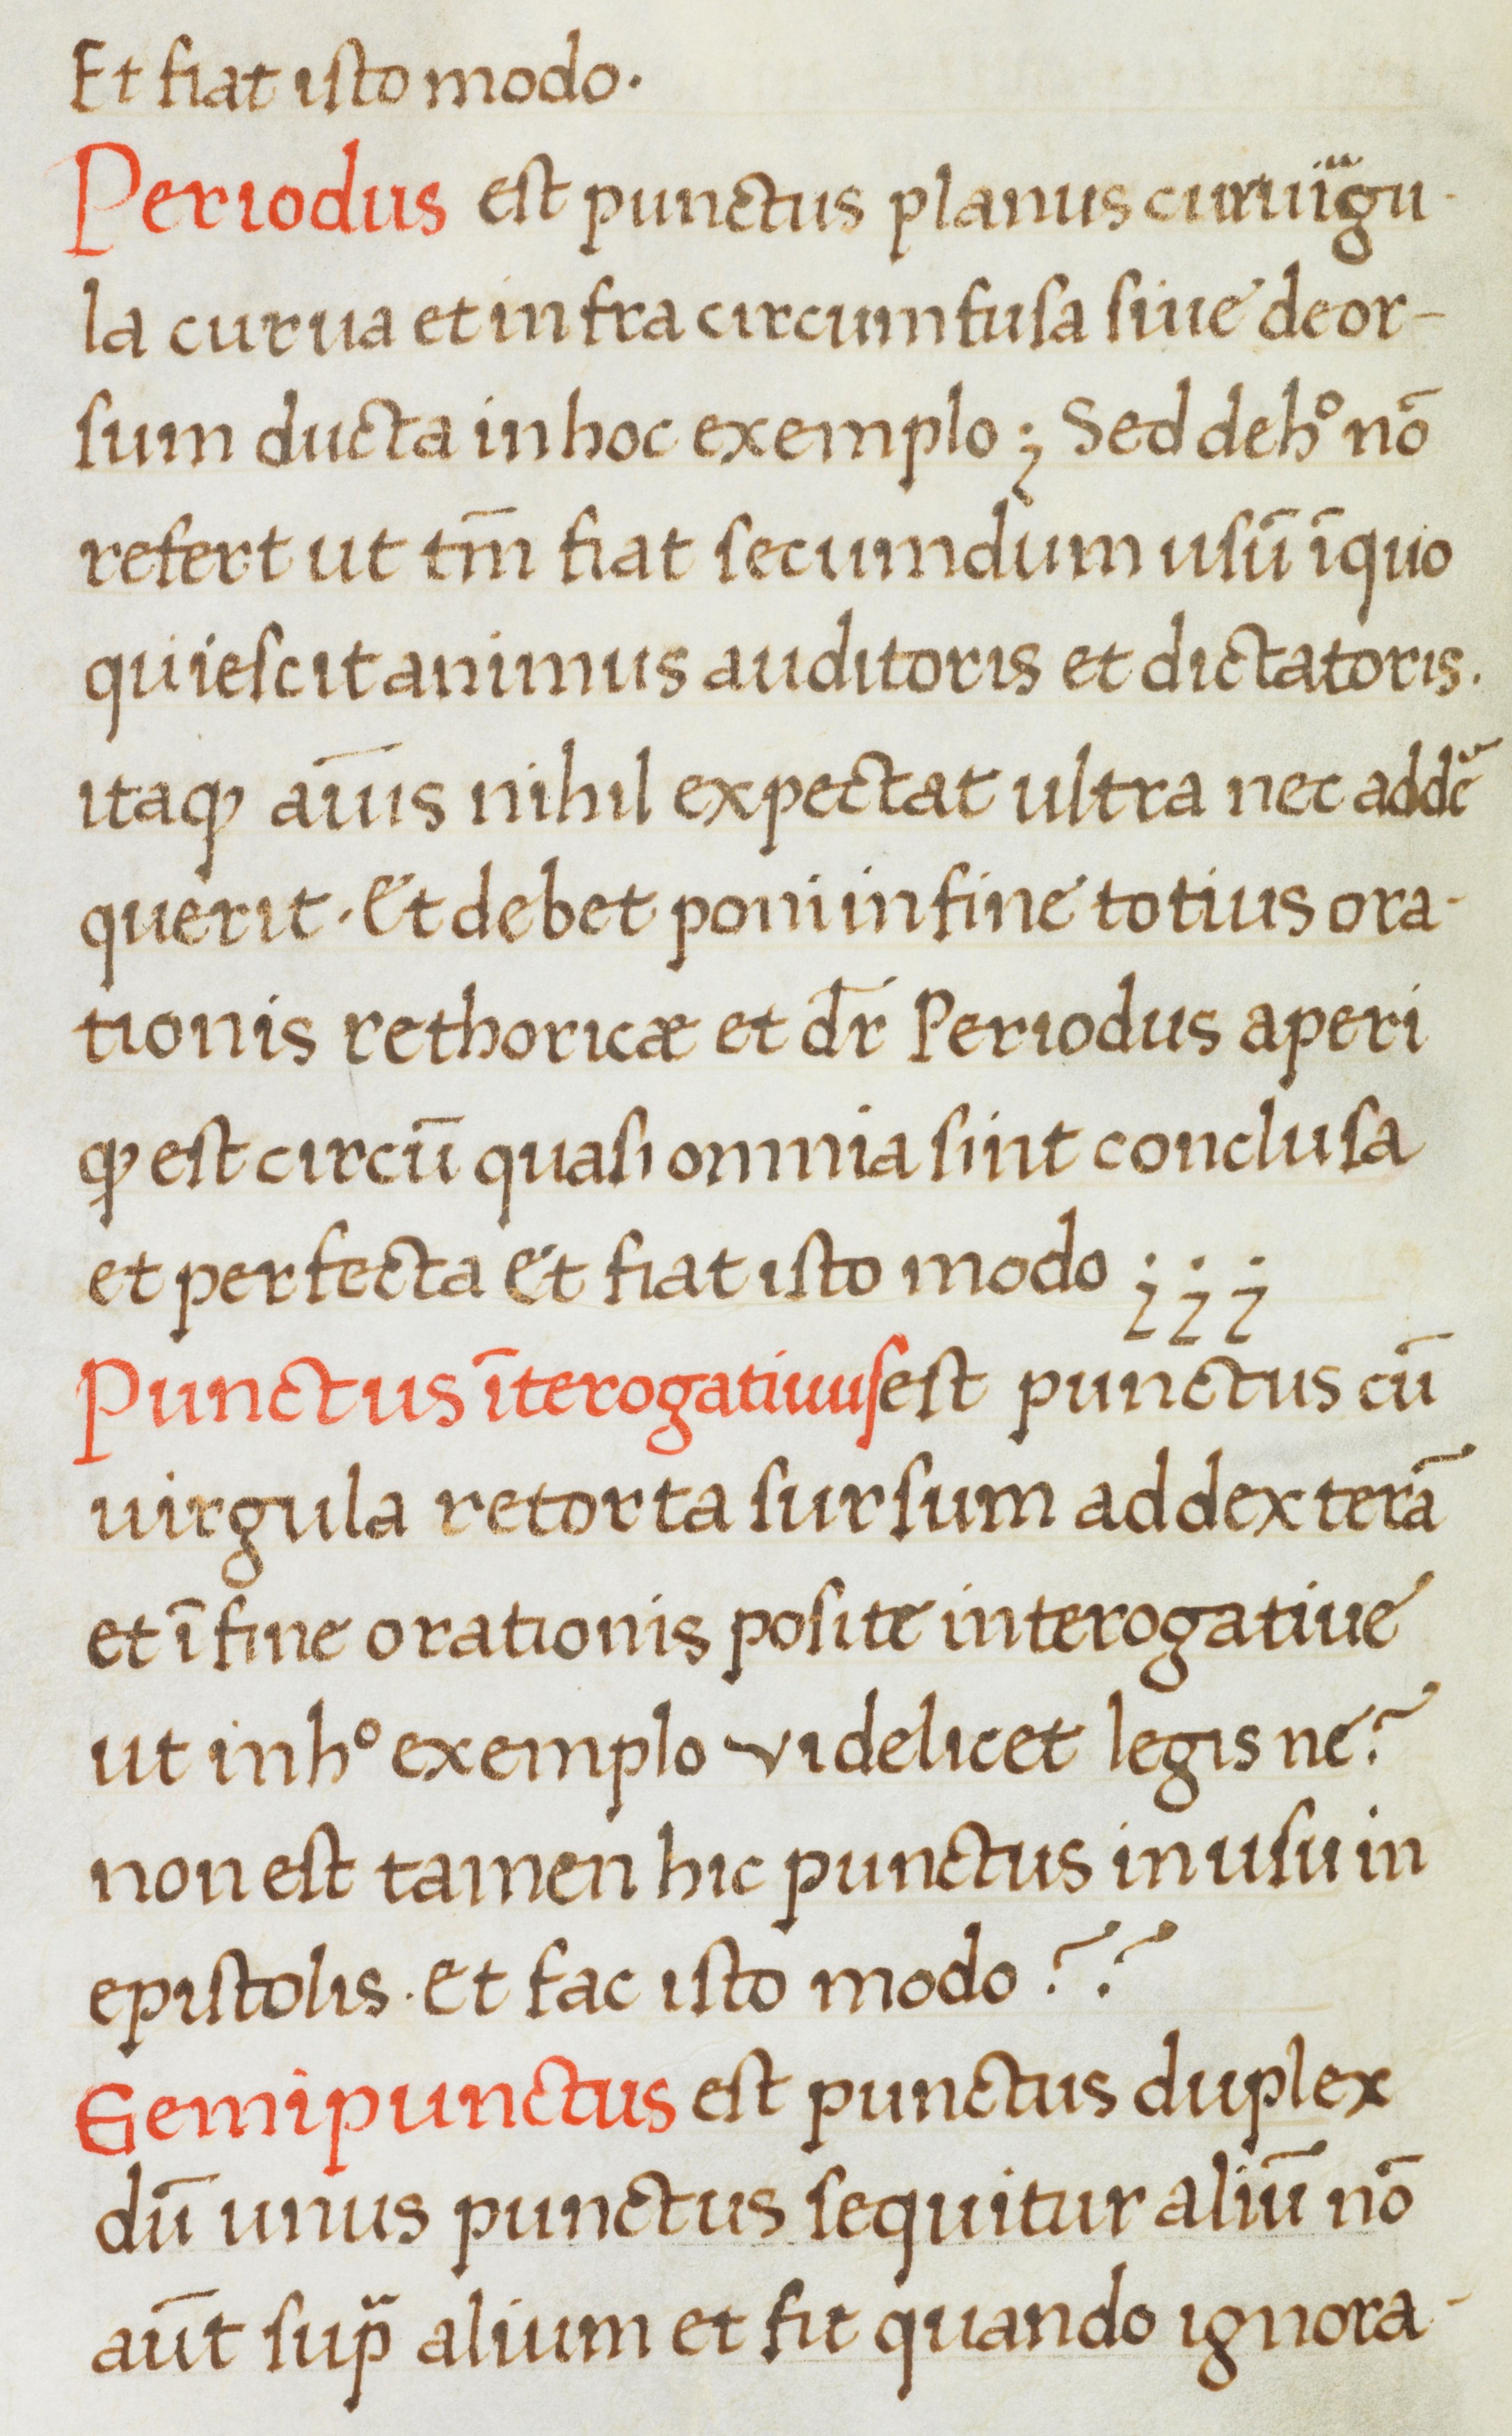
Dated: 1400–1499